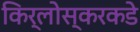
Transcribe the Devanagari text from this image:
किर्लोस्करकडे